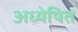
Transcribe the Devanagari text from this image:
अध्येषित